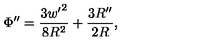
\Phi ^ { \prime \prime } = \frac { 3 { w ^ { \prime } } ^ { 2 } } { 8 R ^ { 2 } } + \frac { 3 R ^ { \prime \prime } } { 2 R } ,